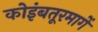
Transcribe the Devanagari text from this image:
कोइंबतूरमार्गे